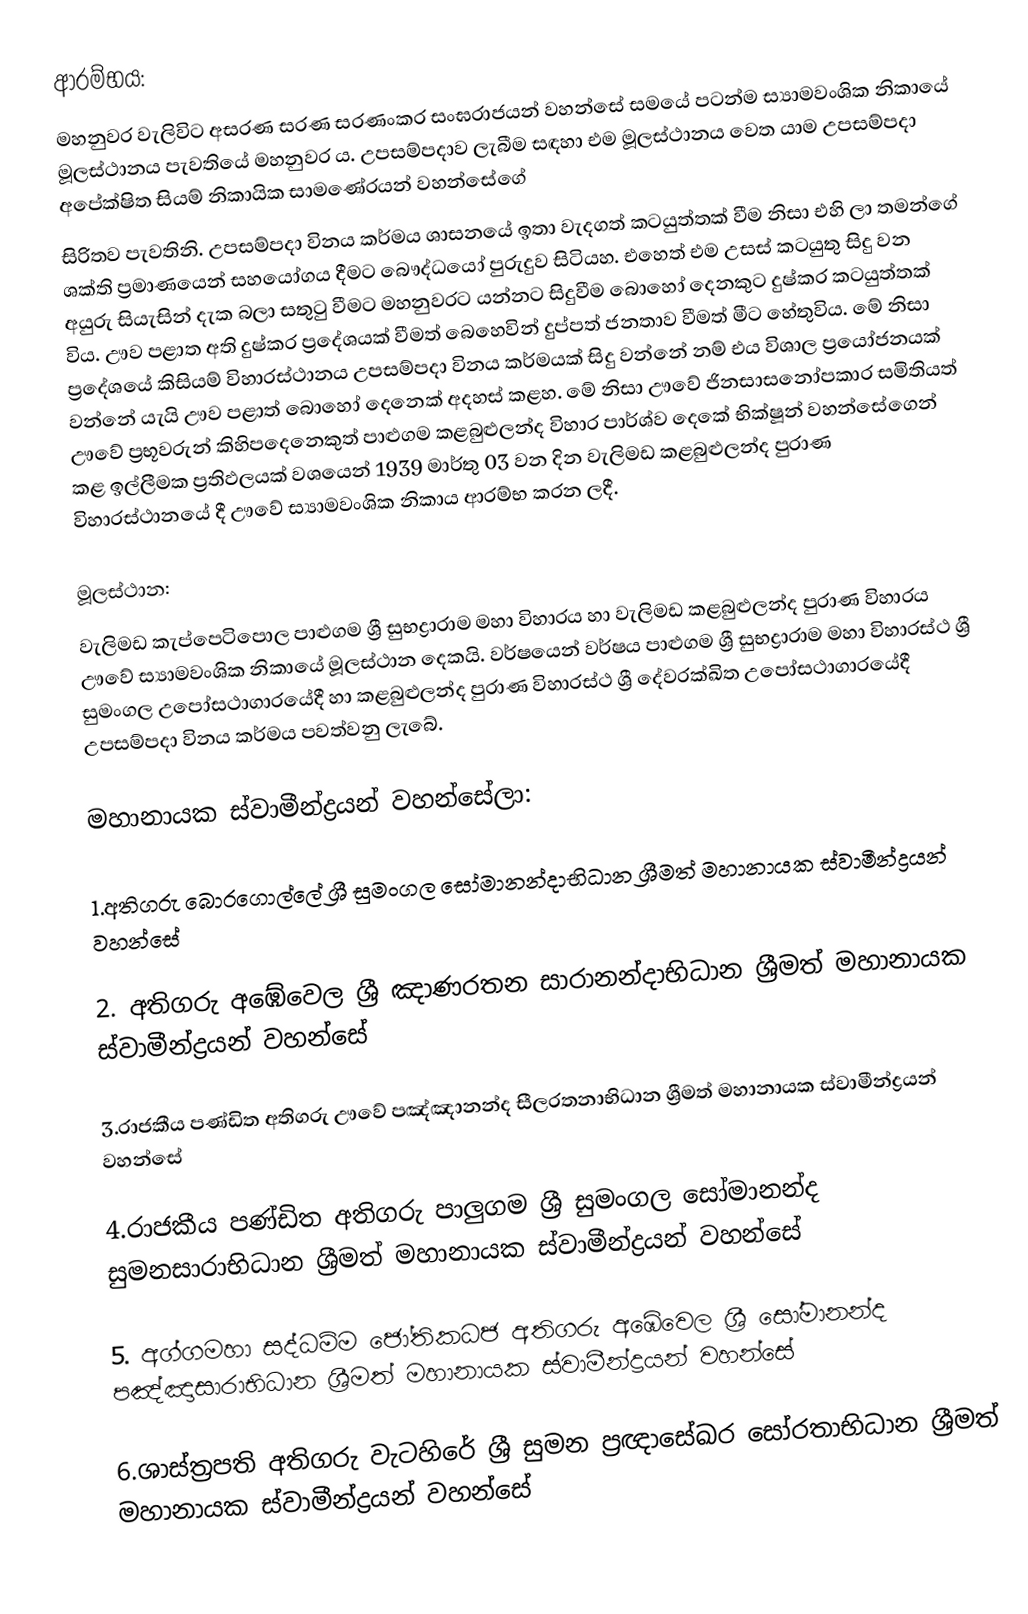
ආරම්භය:
මහනුවර වැලිවිට අසරණ සරණ සරණංකර සංඝරාජයන් වහන්සේ සමයේ පටන්ම ස්‍යාමවංශික නිකායේ මූලස්ථානය පැවතියේ මහනුවර ය. උපසම්පදාව ලැබීම සඳහා එම මූලස්ථානය වෙත යාම උපසම්පදා අපේක්ෂිත සියම් නිකායික සාමණේරයන් වහන්සේගේ
සිරිතව පැවතිනි. උපසම්පදා විනය කර්මය ශාසනයේ ඉතා වැදගත් කටයුත්තක් වීම නිසා එහි ලා තමන්ගේ ශක්ති ප්‍රමාණයෙන් සහයෝගය දීමට බෞද්ධයෝ පුරුදුව සිටියහ. එහෙත් එම උසස් කටයුතු සිදු වන අයුරු සියැසින් දැක බලා සතුටු වීමට මහනුවරට යන්නට සිදුවීම බොහෝ දෙනකුට දුෂ්කර කටයුත්තක් විය. ඌව පළාත අති දුෂ්කර ප්‍රදේශයක් වීමත් බෙහෙවින් දුප්පත් ජනතාව වීමත් මීට හේතුවිය. මේ නිසා ප්‍රදේශයේ කිසියම් විහාරස්ථානය උපසම්පදා විනය කර්මයක් සිදු වන්නේ නම් එය විශාල ප්‍රයෝජනයක් වන්නේ යැයි ඌව පළාත් බොහෝ දෙනෙක් අදහස් කළහ. මේ නිසා ඌවේ ජිනසාසනෝපකාර සමිතියත් ඌවේ ප්‍රභූවරුන් කිහිපදෙනෙකුත් පාළුගම කළබුළුලන්ද විහාර පාර්ශ්ව දෙකේ භික්ෂූන් වහන්සේගෙන් කළ ඉල්ලීමක ප්‍රතිඵලයක් වශයෙන් 1939 මාර්තු 03 වන දින වැලිමඩ කළබුළුලන්ද පුරාණ විහාරස්ථානයේ දී ඌවේ ස්‍යාමවංශික නිකාය ආරම්භ කරන ලදී.

මූලස්ථාන:
වැලිමඩ කැප්පෙටිපොල පාළුගම ශ්‍රී සුභද්‍රාරාම මහා විහාරය හා වැලිමඩ කළබුළුලන්ද පුරාණ විහාරය ඌවේ ස්‍යාමවංශික නිකායේ මූලස්ථාන දෙකයි. වර්ෂයෙන් වර්ෂය පාළුගම ශ්‍රී සුභද්‍රාරාම මහා විහාරස්ථ ශ්‍රී සුමංගල උපෝසථාගාරයේදී හා කළබුළුලන්ද පුරාණ විහාරස්ථ ශ්‍රී දේවරක්ඛිත උපෝසථාගාරයේදී උපසම්පදා විනය කර්මය පවත්වනු ලැබේ.

මහානායක ස්වාමීන්ද්‍රයන් වහන්සේලා:

1.අතිගරු බොරගොල්ලේ ශ්‍රී සුමංගල සෝමානන්දාභිධාන ශ්‍රීමත් මහානායක ස්වාමීන්ද්‍රයන් වහන්සේ

2. අතිගරු අඹේවෙල ශ්‍රී ඤාණරතන සාරානන්දාභිධාන ශ්‍රීමත් මහානායක ස්වාමීන්ද්‍රයන් වහන්සේ

3.රාජකීය පණ්ඩිත අතිගරු ඌවේ පඤ්ඤානන්ද සීලරතනාභිධාන ශ්‍රීමත් මහානායක ස්වාමීන්ද්‍රයන් වහන්සේ

4.රාජකීය පණ්ඩිත අතිගරු පාලුගම ශ්‍රී සුමංගල සෝමානන්ද සුමනසාරාභිධාන ශ්‍රීමත් මහානායක ස්වාමීන්ද්‍රයන් වහන්සේ

5. අග්ගමහා සද්ධම්ම ජෝතිකධජ අතිගරු අඹේවෙල ශ්‍රී සෝමානන්ද පඤ්ඤාසාරාභිධාන ශ්‍රීමත් මහානායක ස්වාමීන්ද්‍රයන් වහන්සේ

6.ශාස්ත්‍රපති අතිගරු වැටහිරේ ශ්‍රී සුමන ප්‍රඥාසේඛර සෝරතාභිධාන ශ්‍රීමත් මහානායක ස්වාමීන්ද්‍රයන් වහන්සේ